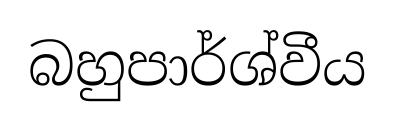
බහුපාර්ශ්වීය